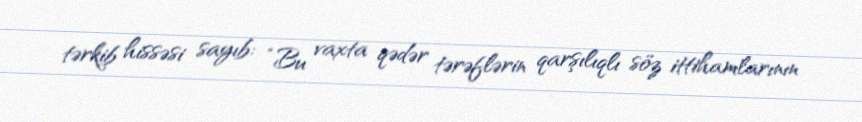
tərkib hissəsi sayıb: “Bu vaxta qədər tərəflərin qarşılıqlı söz ittihamlarının